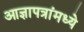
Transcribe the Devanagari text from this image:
आज्ञापत्रांमध्ये